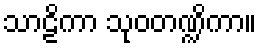
သာဠိကာ သုဝတဏ္ဍိကာ။